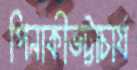
পিনাকীভট্টাচার্য